Bréfritari: Gísli Andrésson
Viðtakandi: Einar Friðgeirsson
Dagsetning: A-1895-01-12
Skrifað á: Vogalæk  Mýr.

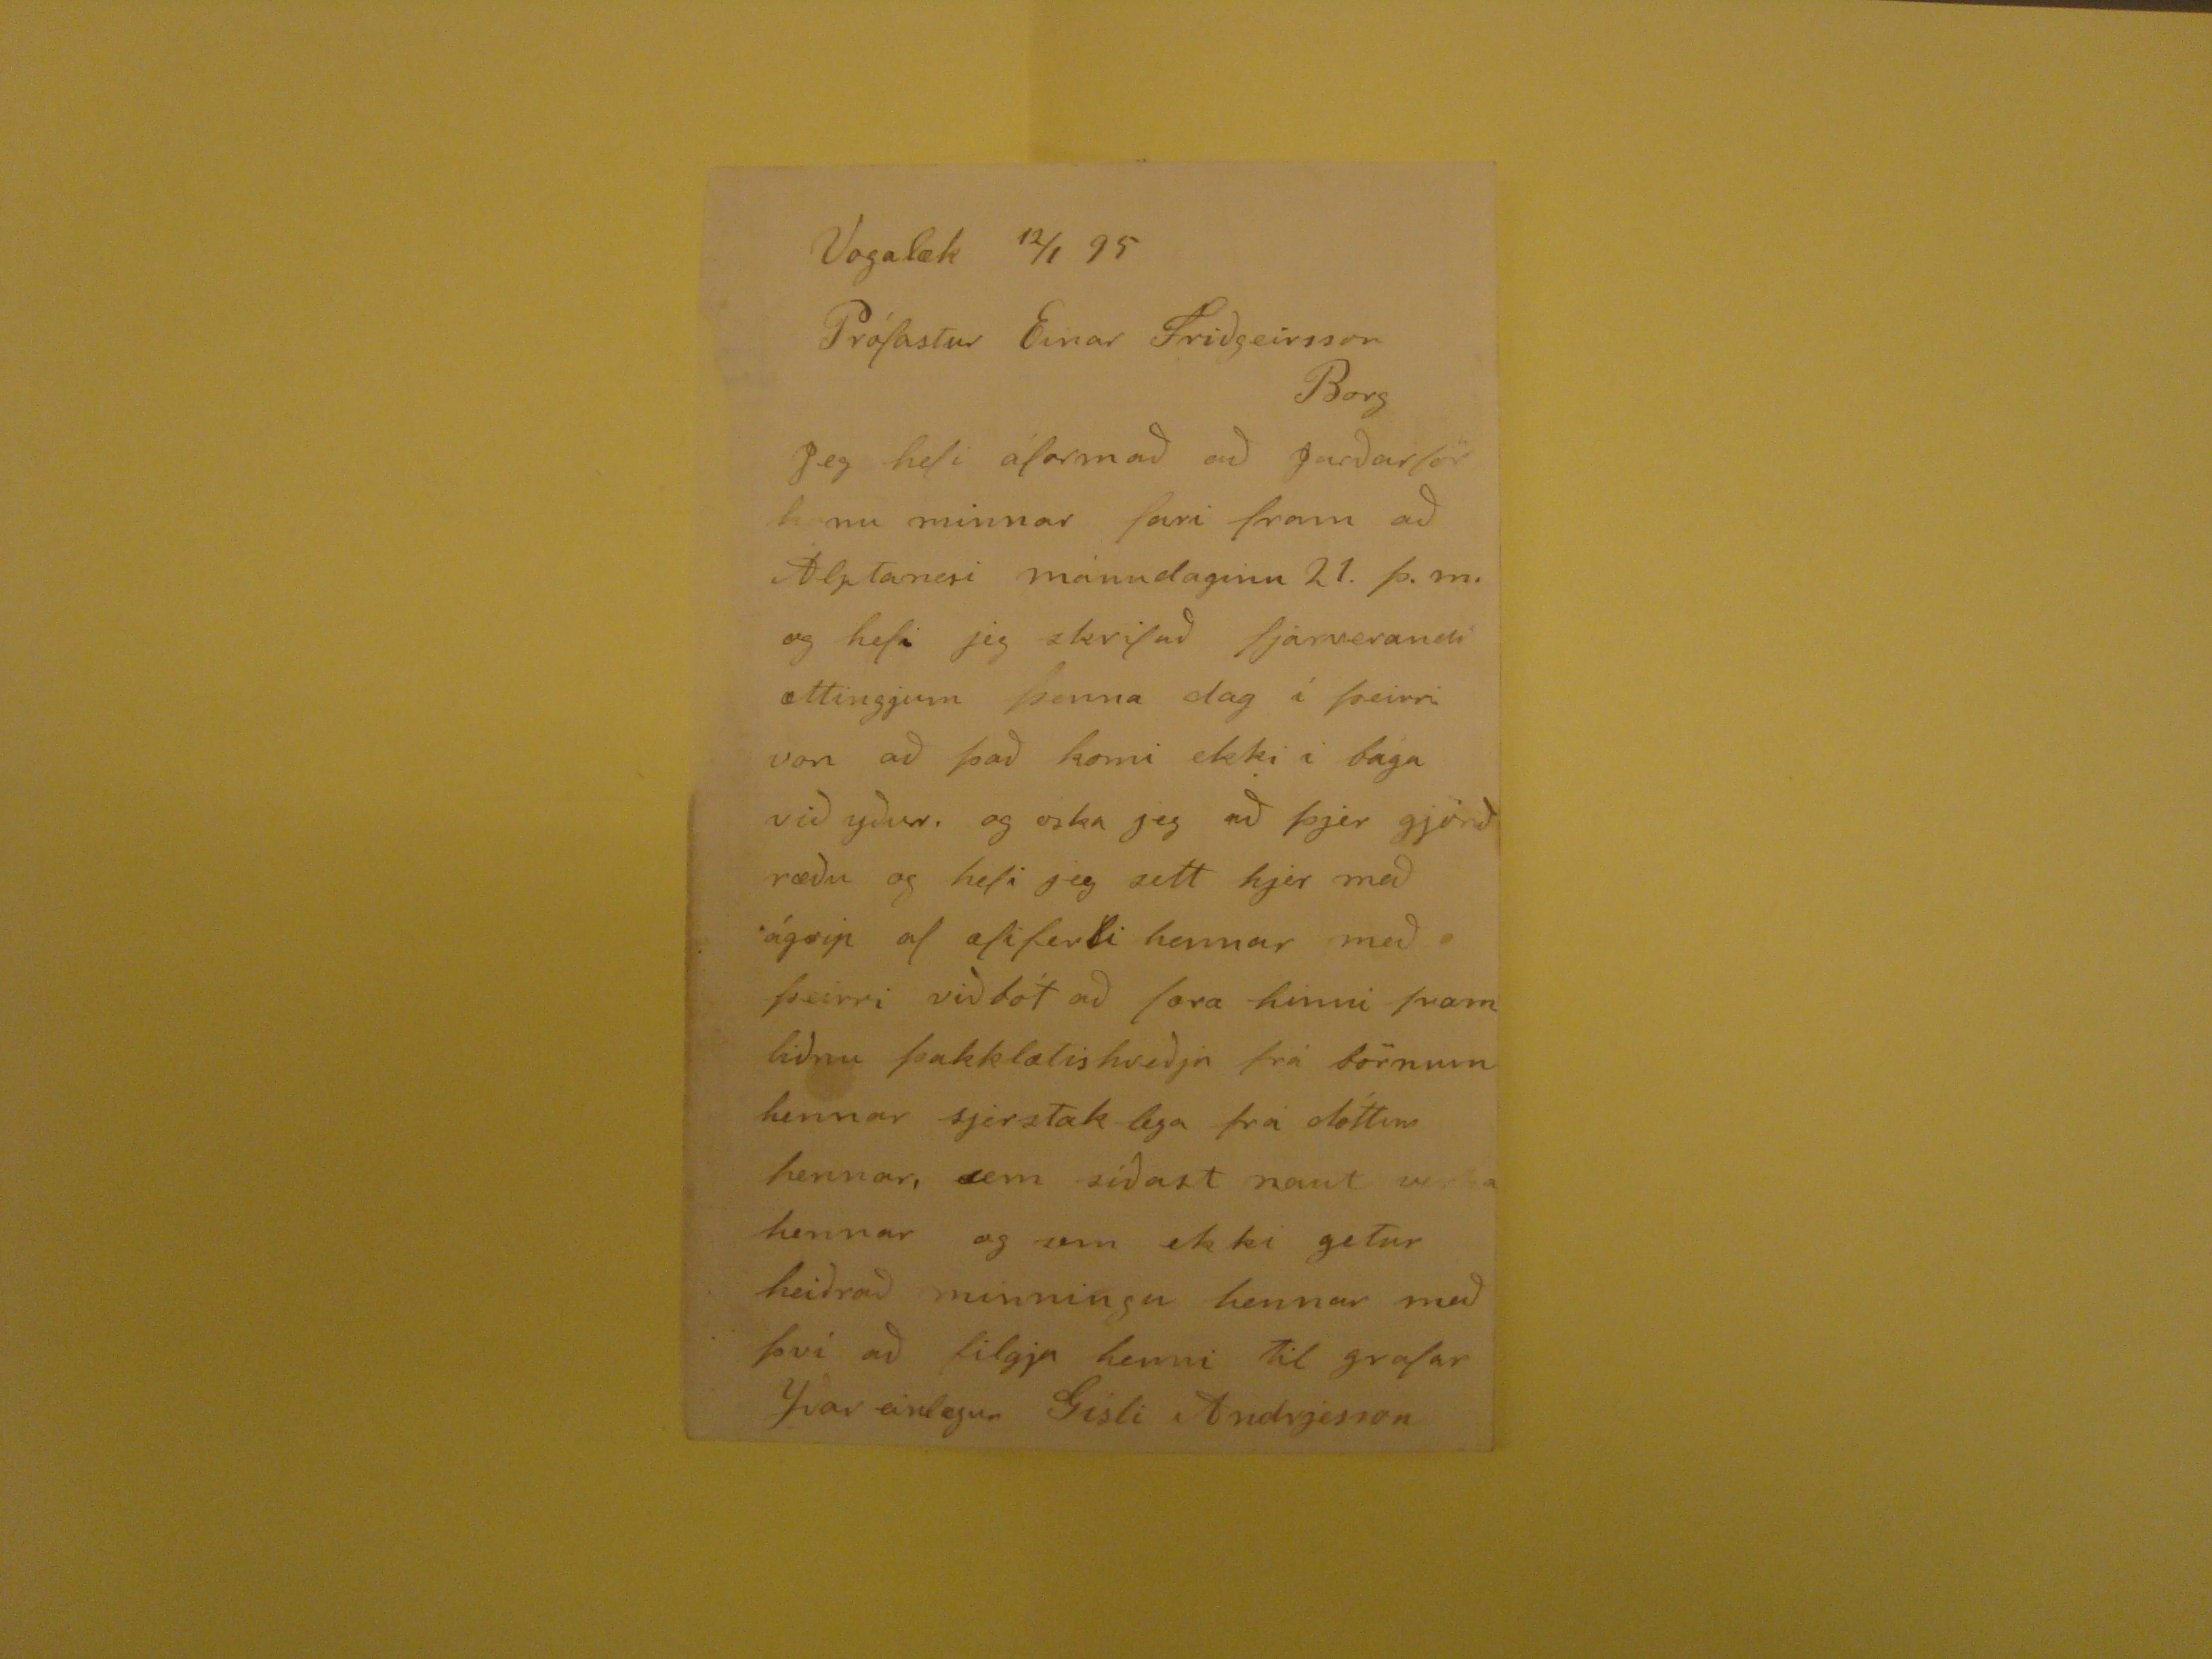

Vogalæk 12/1 95
Prófastur Einar Friðgeirsson Borg
JEg hefi áformað að Jarðarför konu minnar fari fram að Alptanesi mánudaginn 21. þ.m. og hefi jeg skrifað fjárverandi ættingjum þenna dag í þeirri von að það komi
ekki í baga við yður. og oska jeg að þjer gjörið ræðu og hefi jeg sett hjer með ágrip af æfiferli hennar með þeirri viðbót að færa hinni framliðnu þakklætiskveðju frá
börnum hennar sjerstak lega frá dóttur hennar, sem síðast naut verka hennar og sem ekki getur ehiðrað minningu hennar með því að filgja henni til grafar Yðar einlægur
Gísli Andrjesson